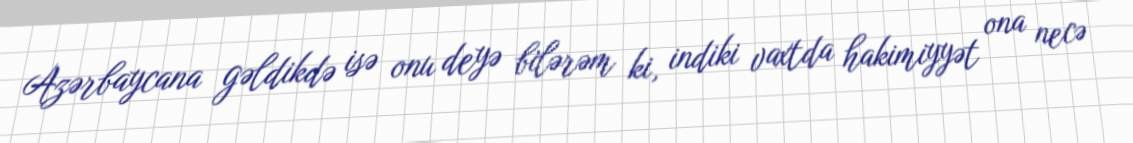
Azərbaycana gəldikdə isə onu deyə bilərəm ki, indiki vaxtda hakimiyyət ona necə